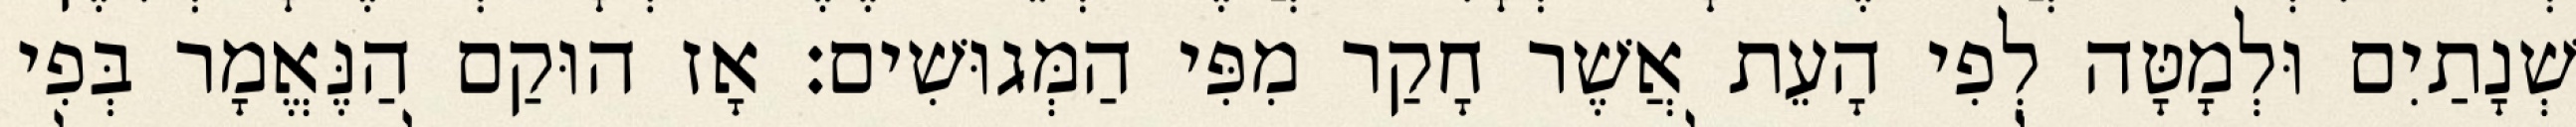
שְׁנָתַיִם וּלְמָטָּה לְפִי הָעֵת אֲשֶׁר חָקַר מִפִּי הַמְּגוּשִׁים׃ אָז הוּקַם הַנֶּאֱמָר בְּפִי